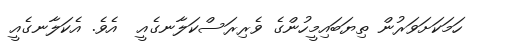
ހަމަކަށަވަރުން ތިޔަބައިމީހުންގެ ވެރިރަސްކަލާނގެއީ  އެވެ. އެކަލާނގެއީ